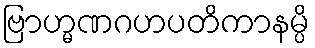
ဗြာဟ္မဏဂဟပတိကာနမ္ပိ